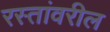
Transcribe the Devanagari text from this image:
रस्तांवरील